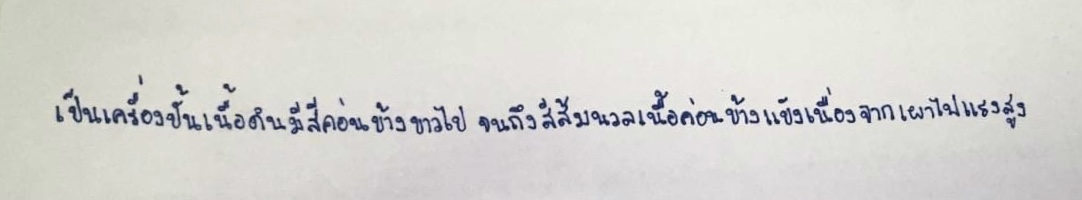
เป็นเครื่องปั้นเนื้อดินมีสีค่อนข้างขาวไปจนถึงสีส้มนวลเนื้อค่อนข้างแข็งเนื่องจากเผาไฟแรงสูง